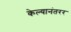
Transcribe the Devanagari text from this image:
केल्यानंतरर